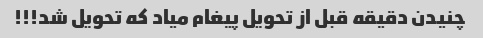
چنیدن دقیقه قبل از تحویل پیغام میاد که تحویل شد!!!